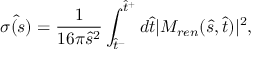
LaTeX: \hat { \sigma ( s ) } = \frac { 1 } { 1 6 \pi \hat { s } ^ { 2 } } \int _ { \hat { t } ^ { - } } ^ { \hat { t } ^ { + } } d \hat { t } \vert M _ { r e n } ( \hat { s } , \hat { t } ) \vert ^ { 2 } ,